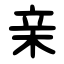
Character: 亲